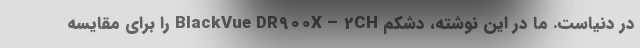
در دنیاست. ما در این نوشته، دشکم BlackVue DR900X – 2CH را برای مقایسه